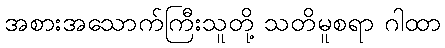
အစားအသောက်ကြီးသူတို့ သတိမူစရာ ဂါထာ